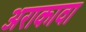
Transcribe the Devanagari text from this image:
अराकावा